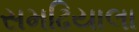
સમઢિયાલા